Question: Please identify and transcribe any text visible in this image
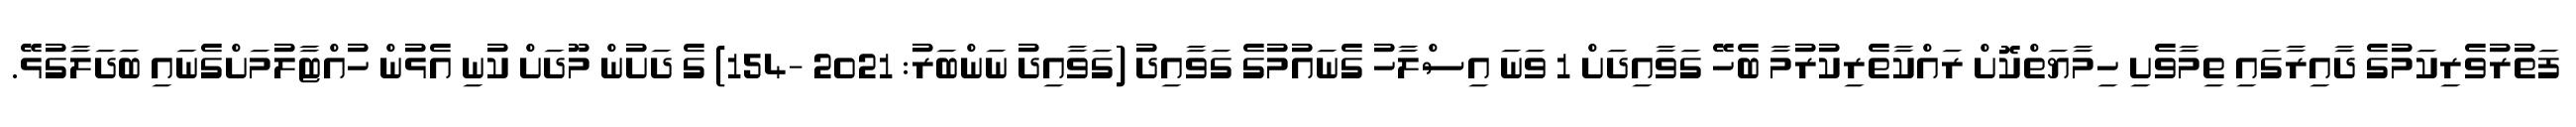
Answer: ފަތުރުވެރިކަމުގެ ދާއިރާގައި ތިމާވެށި ހިމާޔަތްކޮށް ރައްކާތެރިކުރުމާ ބެހޭ ގަވާއިދަށް 1 ވަނަ އިސްލާހު ގެނައުމުގެ ގަވާއިދު (ގަވާއިދު ނަންބަރު: 2021 -154) ގެ ދަށުން މޫދަށް ކުނި އެޅުން ހުއްޓާލުމަށްގެނައި ބަދަލާގުޅޭ.